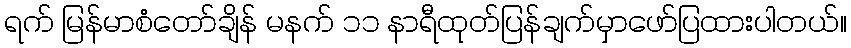
ရက် မြန်မာစံတော်ချိန် မနက် ၁၁ နာရီထုတ်ပြန်ချက်မှာဖော်ပြထားပါတယ်။